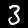
Label: 3